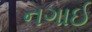
નગાઈ